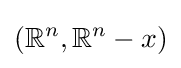
(\mathbb {R} ^{n},\mathbb {R} ^{n}-x)